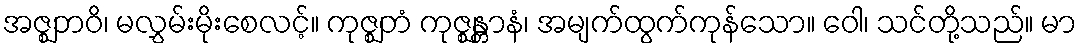
အဇ္ဈဘဝိ၊ မလွှမ်းမိုးစေလင့်။ ကုဇ္ဈတံ ကုဇ္ဈန္တာနံ၊ အမျက်ထွက်ကုန်သော။ ဝေါ၊ သင်တို့သည်။ မာ